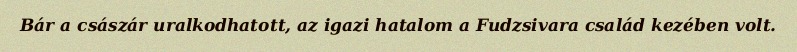
Bár a császár uralkodhatott, az igazi hatalom a Fudzsivara család kezében volt.